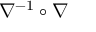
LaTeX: \nabla ^ { - 1 } \circ \nabla